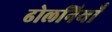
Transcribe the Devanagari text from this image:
ढोलनियाँ